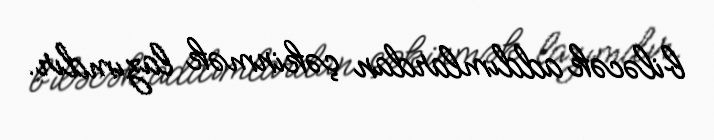
biləcək addımlardan çəkinmək lazımdır.